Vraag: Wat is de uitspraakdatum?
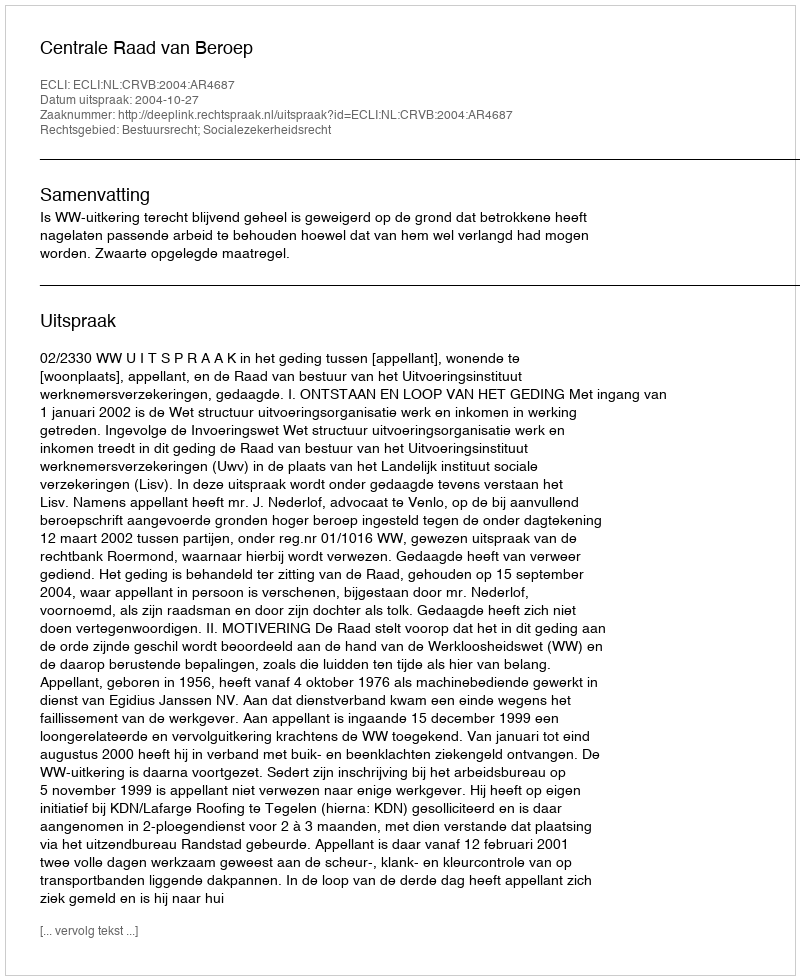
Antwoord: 2004-10-27